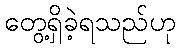
တွေ့ရှိခဲ့ရသည်ဟု